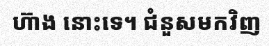
ហ៊ាង នោះទេ។ ជំនួសមកវិញ